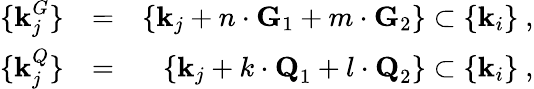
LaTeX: \begin{array}{rlr}{\{ \textbf{k}_{j}^{G}\} }&{=}&{\{ \textbf{k}_{j}+n\cdot\textbf{G}_{1}+m\cdot\textbf{G}_{2}\} \subset\{ \textbf{k}_{i}\} ~,}\\ {\{ \textbf{k}_{j}^{Q}\} }&{=}&{\{ \textbf{k}_{j}+k\cdot\textbf{Q}_{1}+l\cdot\textbf{Q}_{2}\} \subset\{ \textbf{k}_{i}\} ~,}\end{array}